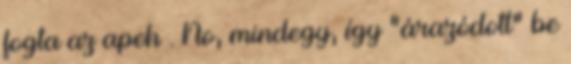
fogta az apeh . No, mindegy, így "árazódott" be